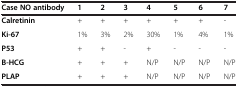
| Case NO antibody | 1 | 2 | 3 | 4 | 5 | 6 | 7 |
 | --- | --- | --- | --- | --- | --- | --- | --- |
 | Calretinin | + | + | + | + | + | + | - |
 | Ki-67 | 1% | 3% | 2% | 30% | 1% | 4% | 1% |
 | P53 | + | + | - | + | - | - | - |
 | B-HCG | + | + | + | N/P | N/P | N/P | N/P |
 | PLAP | + | + | + | N/P | N/P | N/P | N/P |